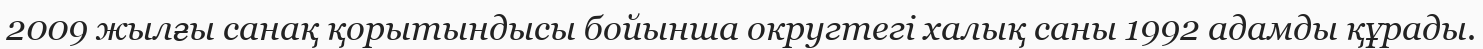
2009 жылғы санақ қорытындысы бойынша округтегі халық саны 1992 адамды құрады.